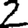
Digit: 2